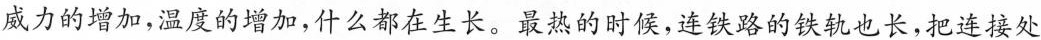
威力的增加，温度的增加，什么都在生长。最热的时候，连铁路的铁轨也长，把连接处